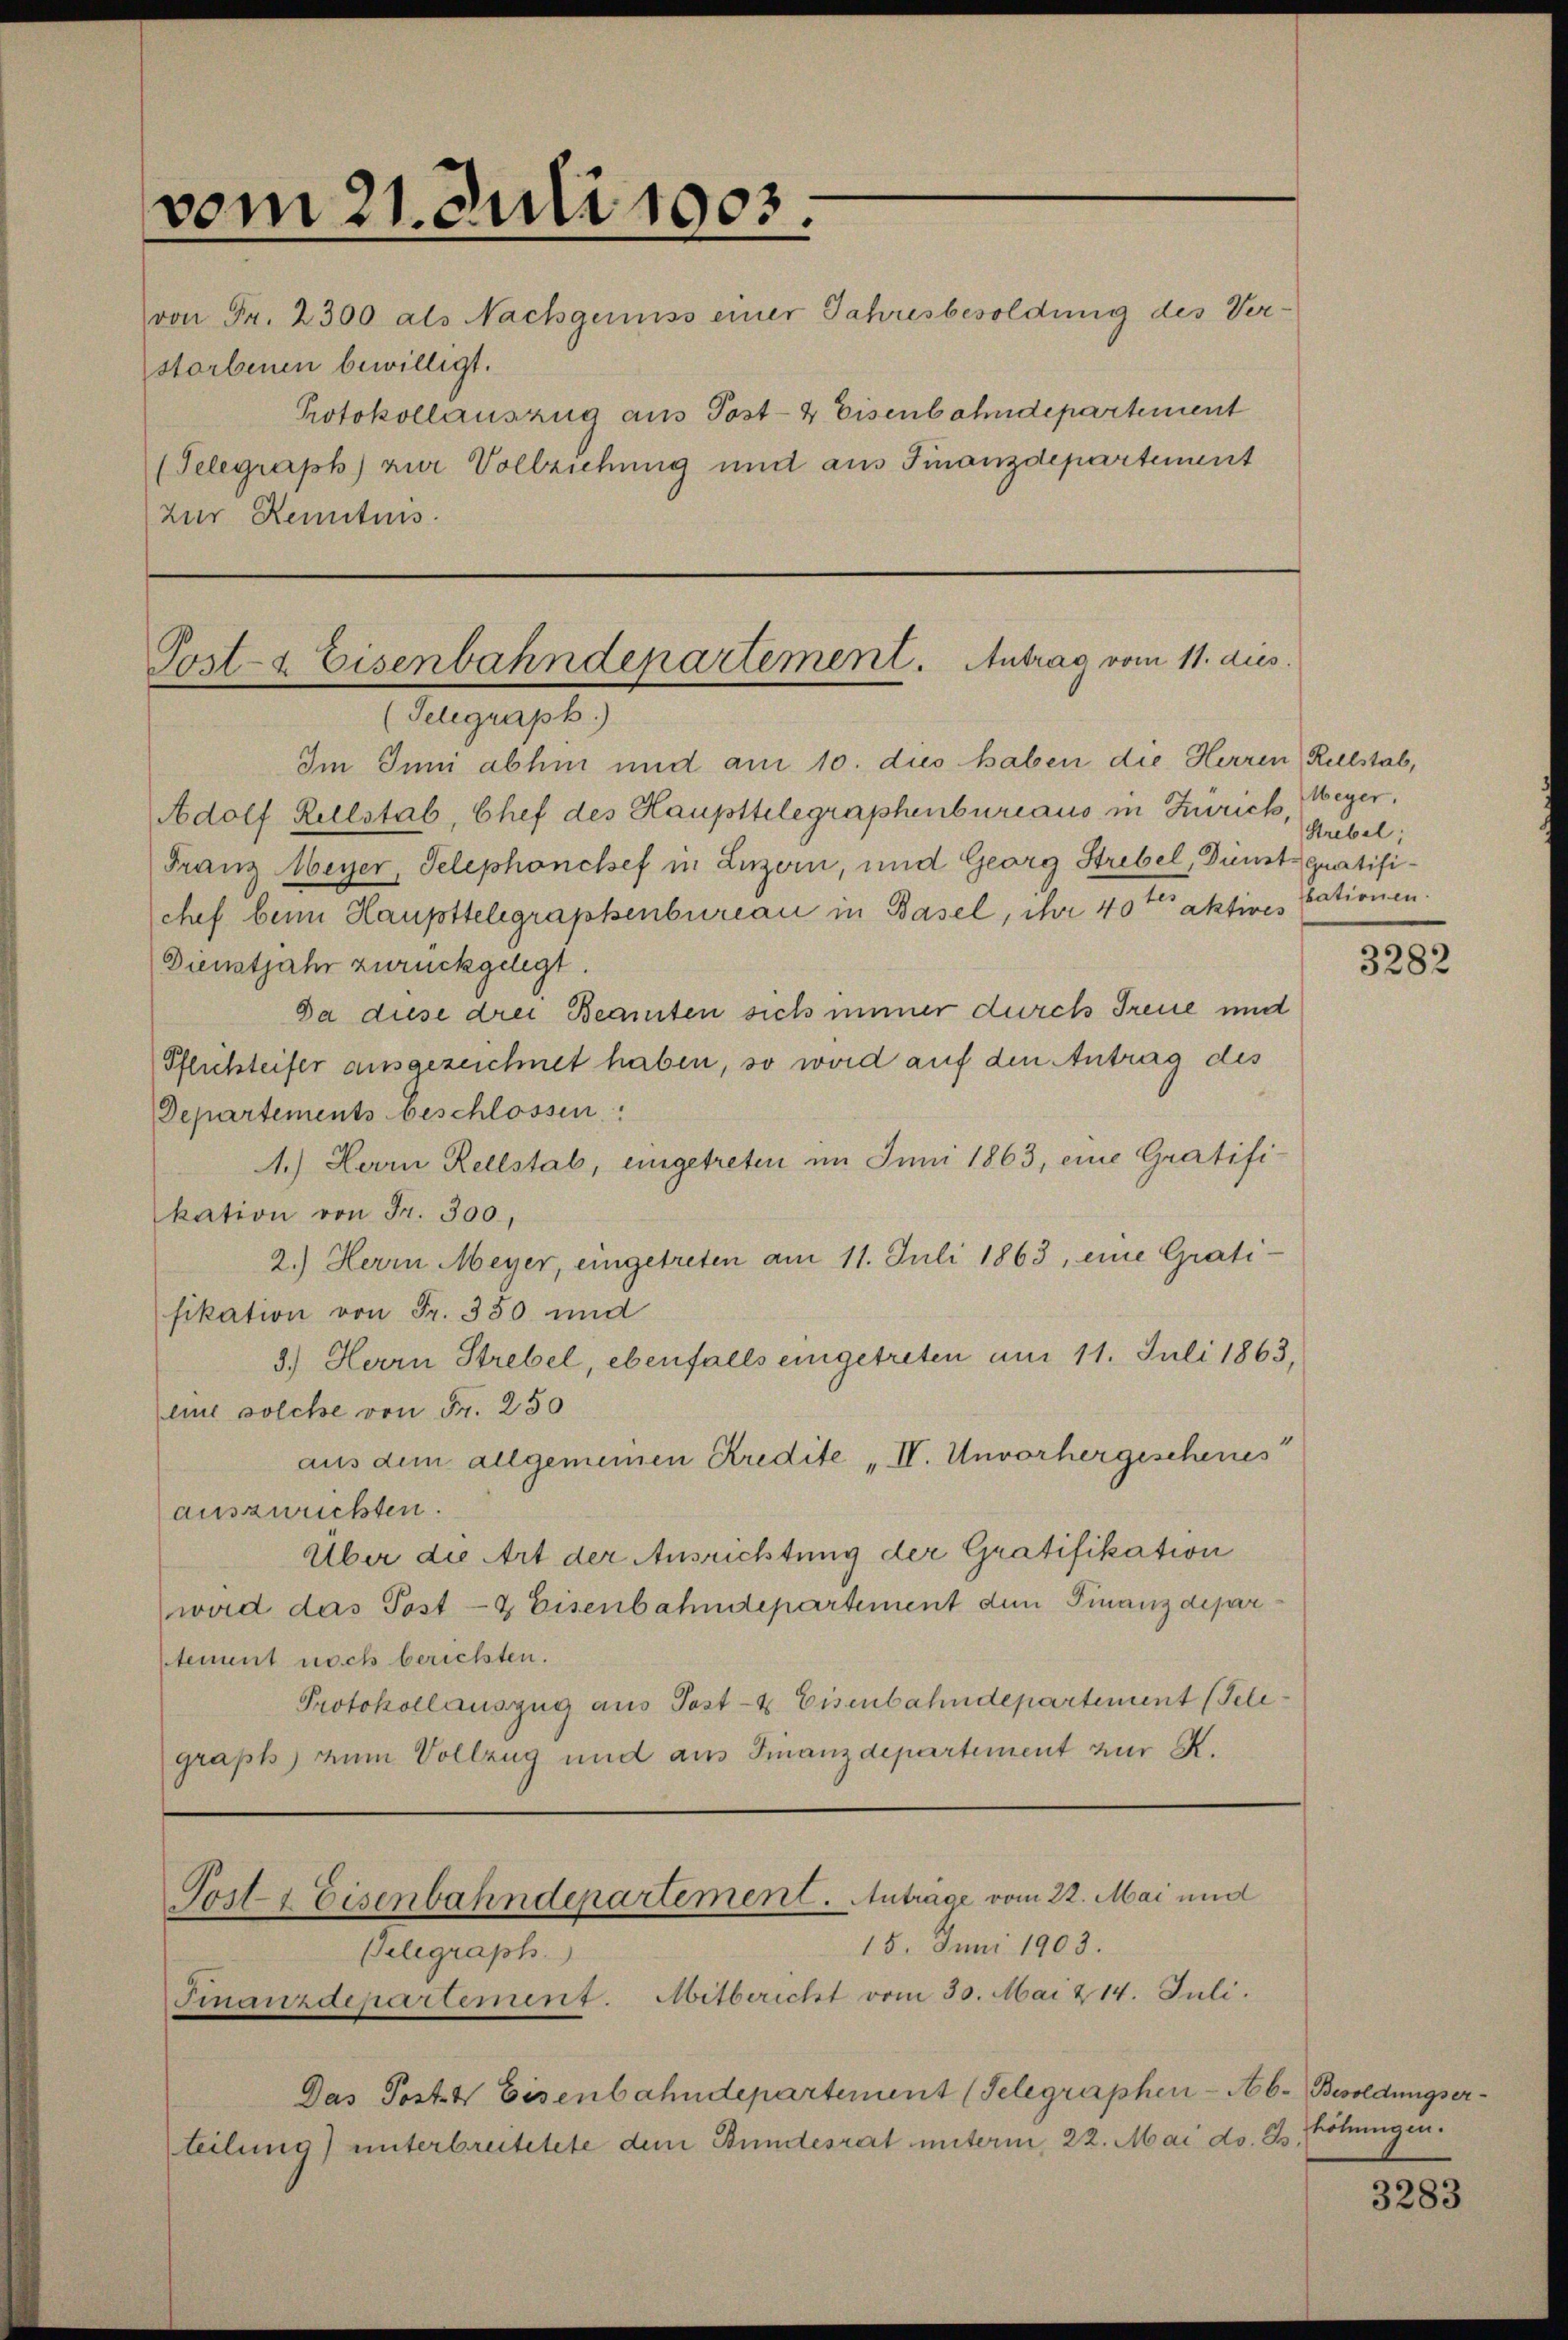
vom 21. Juli 1903.
von Fr. 2300 als Nachgewiss einer Jahresbesoldung des Ver-
storbenen bewilligt.
Protokollauszug aus Post- & Eisenbahndepartement
(Telegraph) zur Vollziehung und aus Finanzdepartement
zur Kenntnis.

Im Inni abhin und am 10. dies haben die Herren Rellstab,
Adolf Kellstab, Chef des Haupttelegraphenbureaus in Zürich,
Franz Meyer, Telephonchef in Luzern, und Georg Strebel, Dünst gratifichef beim Haupttelegraphenbureau in Basel, ihr 40 ten aktives sationen.
Dienstjahr zurückgelegt.
Da diese drei Beamten sich immer durch Treue und
Pflichsteifer ausgezeichnet haben, so wird auf den Antrag des
Departements beschlossen:
1.) Herrn Rellstab, ungetreten im Juni 1863, eine Gratifi
kation von Fr. 300,
2.) Herrn Meyer, eingetreten am 11. Juli 1863, eine Grati-
fikation von Fr. 350 und
3.) Herrn Strebel, ebenfalls eingetreten am 11. Juli 1863,
lius solche von Fr. 250
aus dem allgemeinen Kredite „II. Unvorhergeschenes
auszweckten.
Über die Art der Ausrichtung der Gratifikation
wird das Post- & Eisenbahndepartement dem Finanzdeparstement noch berichten.
Protokollauszug aus Post- & Eisenbahndepartement (Tele
graph zum Vollzug und aus Finanzdepartement zur R.

Post- & Eisenbahndepartement. Antrag vom 11. dies
(Telegraph.)

Tost & Eisenbahndepartement. Anträge vom 22. Mai und
15. Juni 1903.
Gelegraph.

Finanzdepartement. Mitbericht vom 30. Mai & 14. Juli.
Das Post 4 Eisenbahndepartement (Telegraphen-Ab. Besoldungserteilung) unterbreitetete dem Bundesrat unterm 22. Mai d. Js.

Meyer.
Strebel;

3282

höhnungen.

3283